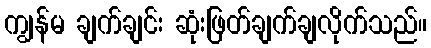
ကျွန်မ ချက်ချင်း ဆုံးဖြတ်ချက်ချလိုက်သည်။